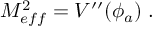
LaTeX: M _ { e f f } ^ { 2 } = V ^ { \prime \prime } ( \phi _ { a } ) \; .